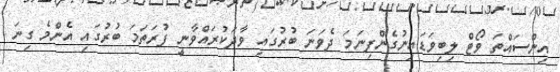
އިންސައްތަ ވޯޓް ލިބިވަޑައިނުގެންފިނަމަ ދެވަނަ ބުރުގައި ވާދަކުރައްވާނީ ފުރަތަމަ ބުރުގައި އެންމެ ގިނަ